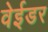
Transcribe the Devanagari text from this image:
वेईडर